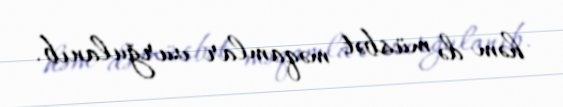
həm də müsbət məqamlar vurğulanıb.